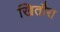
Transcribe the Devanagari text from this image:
खितौरा